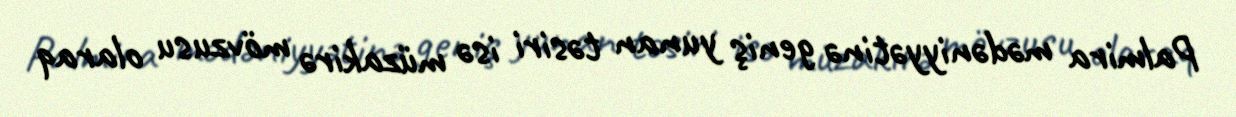
Palmira mədəniyyətinə geniş yunan təsiri isə müzakirə mövzusu olaraq